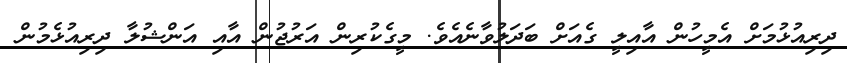
ދިރިއުޅުމަށް އެމީހުން އާއިލީ ގެއަށް ބަދަލުވާނެއެވެ. މީގެކުރިން އަރުޖުން އާއި އަންޝުލާ ދިރިއުޅެމުން